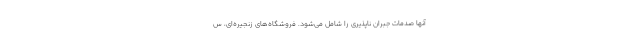
آنها صدمات جبران ناپذیری را شامل می‌شود. فروشگاه‌های زنجیره‌ای، س